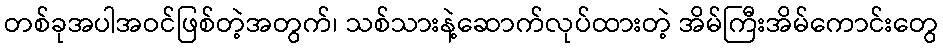
တစ်ခုအပါအဝင်ဖြစ်တဲ့အတွက်၊ သစ်သားနဲ့ဆောက်လုပ်ထားတဲ့ အိမ်ကြီးအိမ်ကောင်းတွေ